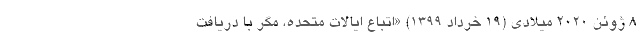
۸ ژوئن ۲۰۲۰ میلادی (۱۹ خرداد ۱۳۹۹) «اتباع ایالات متحده، مگر با دریافت